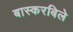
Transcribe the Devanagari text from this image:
बास्करबिले